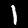
Digit: 1